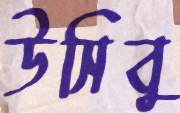
উসিবু